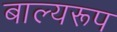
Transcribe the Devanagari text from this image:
बाल्यरूप